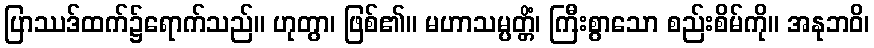
ပြာဿဒ်ထက်၌ရောက်သည်။ ဟုတွာ၊ ဖြစ်၏။ မဟာသမ္ပတ္တိံ၊ ကြီးစွာသော စည်းစိမ်ကို။ အနုဘဝိ၊